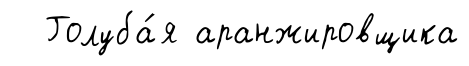
Голуба́я аранжировщика